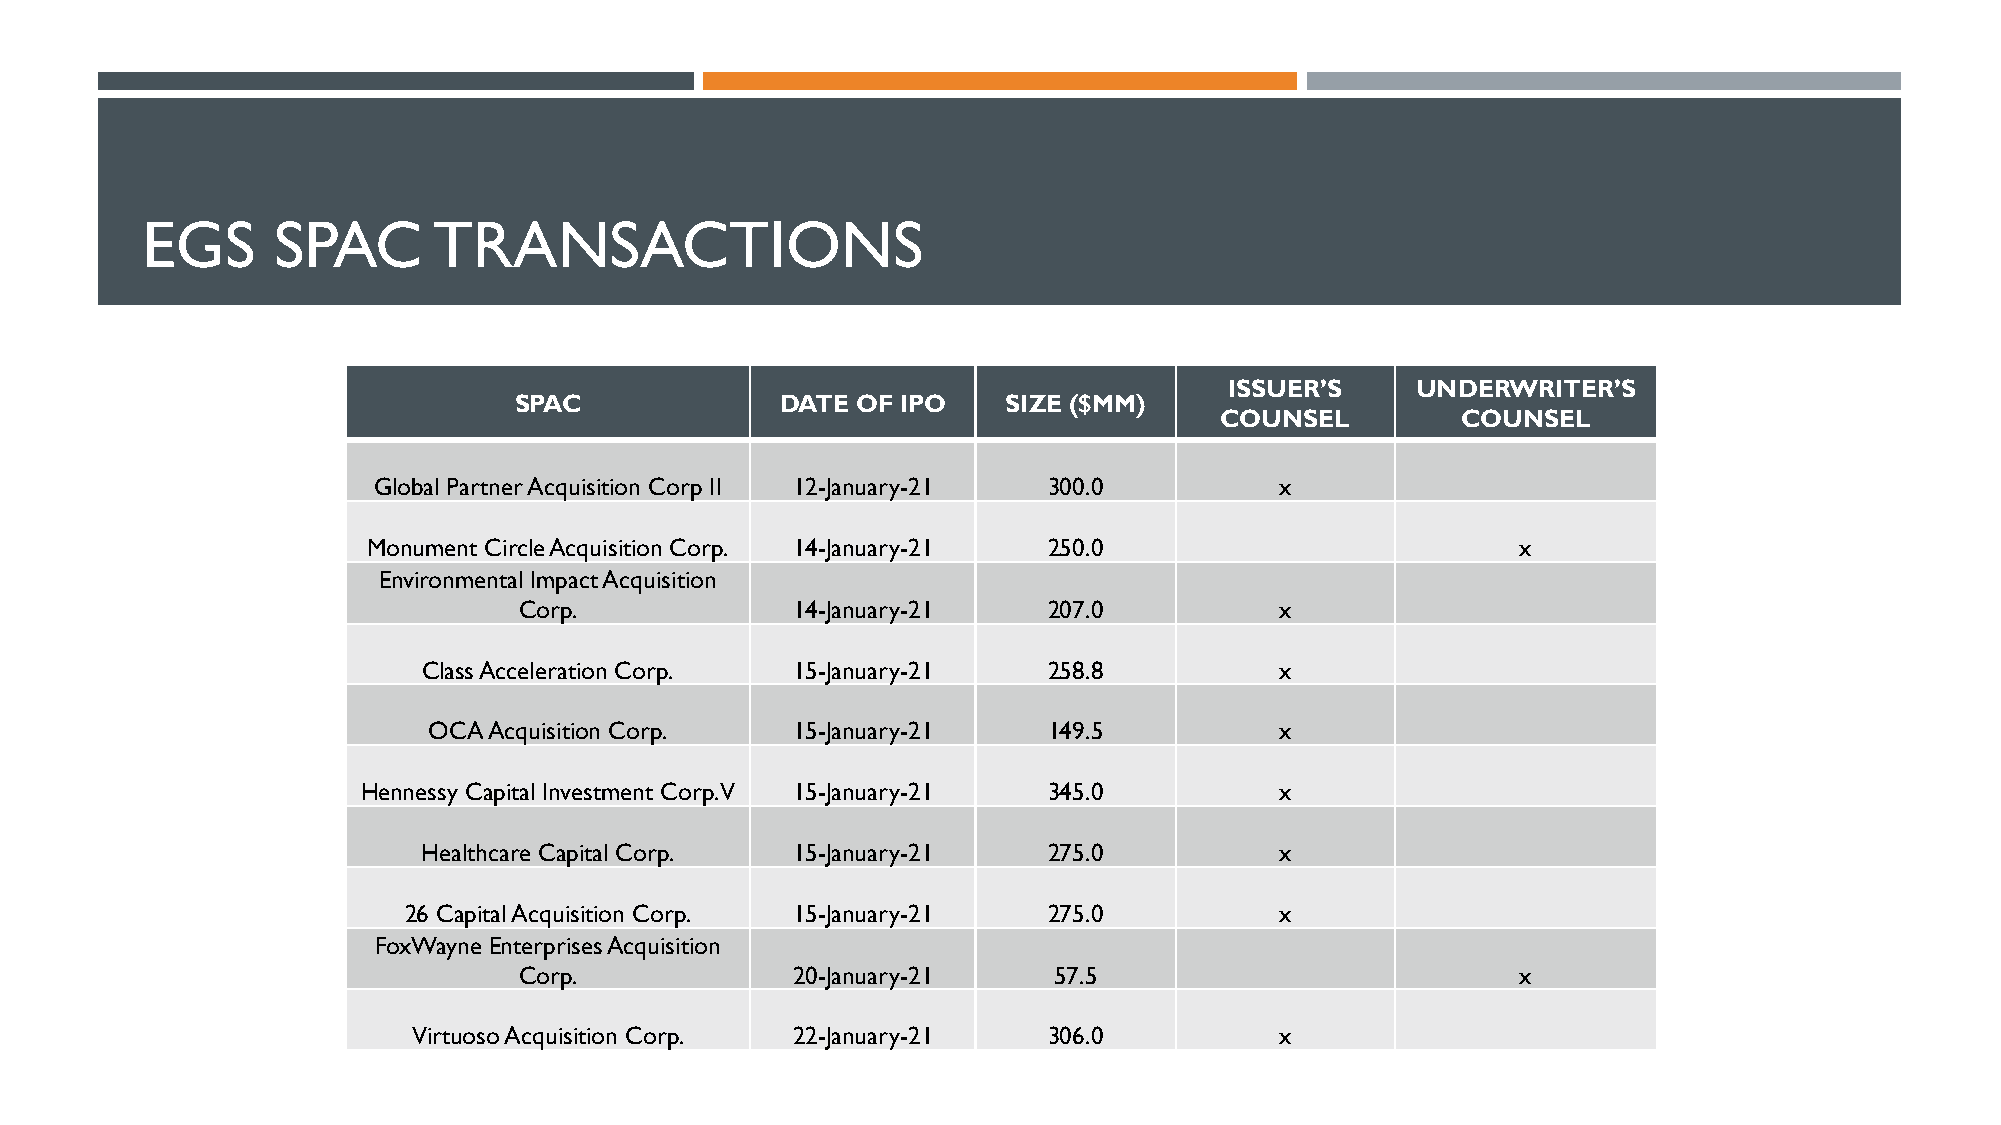
EGS      SPAC       TRANSACTIONS
 ISSUER’S     UNDERWRITER’S
 SPAC              DATE OF IPO    SIZE ($MM)
 COUNSEL         COUNSEL
 Global Partner Acquisition Corp II 12-January-21 300.0      x
 Monument Circle Acquisition Corp. 14-January-21 250.0                        x
 Environmental Impact Acquisition
 Corp.             14-January-21    207.0           x
 Class Acceleration Corp. 15-January-21   258.8           x
 OCA Acquisition Corp.   15-January-21    149.5           x
 Hennessy Capital Investment Corp. V 15-January-21 345.0      x
 Healthcare Capital Corp. 15-January-21   275.0           x
 26 Capital Acquisition Corp. 15-January-21 275.0          x
 FoxWayne Enterprises Acquisition
 Corp.             20-January-21     57.5                           x
 Virtuoso Acquisition Corp. 22-January-21  306.0           x